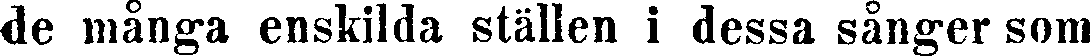
de många enskilda ställen i dessa sånger som